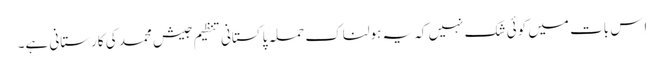
اِس بات میں کوئی شک نہیں کہ یہ ہولناک حملہ پاکستانی تنظیم جیش محمد کی کارستانی ہے۔